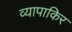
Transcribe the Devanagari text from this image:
व्यापाकिर